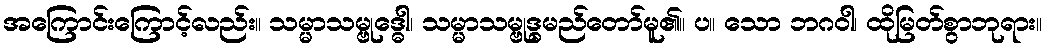
အကြောင်းကြောင့်လည်း။ သမ္မာသမ္ဗုဒ္ဓေါ၊ သမ္မာသမ္ဗုဒ္ဓမည်တော်မူ၏။ ပ။ သော ဘဂဝါ၊ ထိုမြတ်စွာဘုရား။